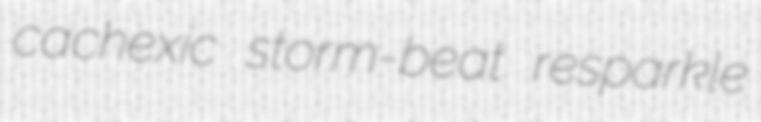
cachexic storm-beat resparkle